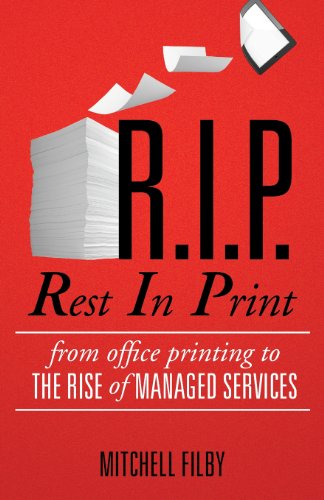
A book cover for Rest in Print; Mitchell Filby; Business & Money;